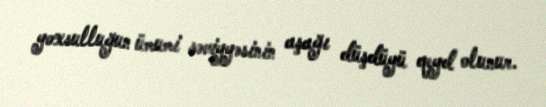
yoxsulluğun ümumi səviyyəsinin aşağı düşdüyü qeyd olunur.